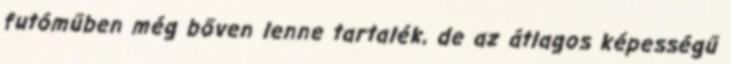
futóműben még bőven lenne tartalék, de az átlagos képességű